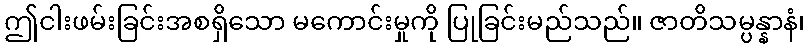
ဤငါးဖမ်းခြင်းအစရှိသော မကောင်းမှုကို ပြုခြင်းမည်သည်။ ဇာတိသမ္ပန္နာနံ၊